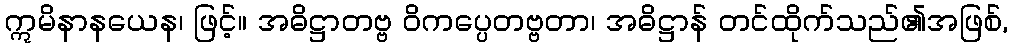
ဣမိနာနယေန၊ ဖြင့်။ အဓိဋ္ဌာတဗ္ဗ ဝိကပ္ပေတဗ္ဗတာ၊ အဓိဋ္ဌာန် တင်ထိုက်သည်၏အဖြစ်,